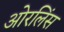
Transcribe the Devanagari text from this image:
ओरलिंस